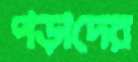
পড়াদের